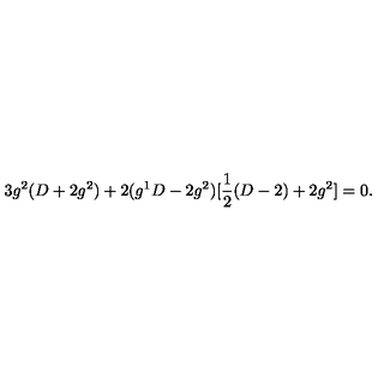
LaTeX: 3 g ^ { 2 } ( D + 2 g ^ { 2 } ) + 2 ( g ^ { 1 } D - 2 g ^ { 2 } ) [ \frac { 1 } { 2 } ( D - 2 ) + 2 g ^ { 2 } ] = 0 .